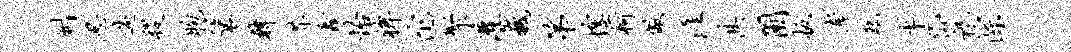
劂忍遄稷胞鬟韩芥鑫怡裨沱聚灌巍第惶柯儆涯其圃扳孝龙率岱祝淙